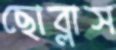
ছোব্‌লাস